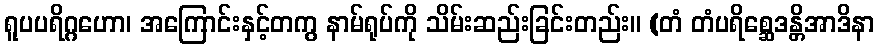
ရူပပရိဂ္ဂဟော၊ အကြောင်းနှင့်တကွ နာမ်ရုပ်ကို သိမ်းဆည်းခြင်းတည်း။ (တံ တံပရိစ္ဆေဒန္တိအာဒိနာ